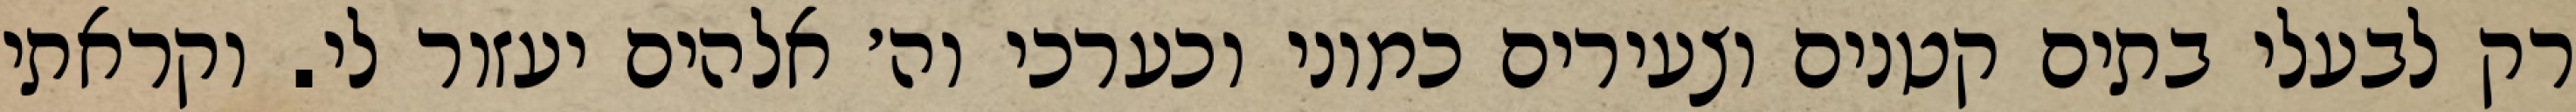
רק לבעלי בתים קטנים וצעירים כמוני וכערכי וה׳ אלהים יעזור לי. וקראתי